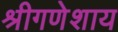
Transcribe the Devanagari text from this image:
श्रीगणेशाय